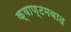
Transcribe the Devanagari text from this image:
क्वाण्टमवाद